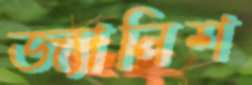
জ্যানিশ